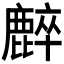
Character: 𪋌